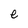
Character: e